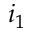
i _ { 1 }